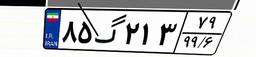
۰۶گ۴۳۶۲۸